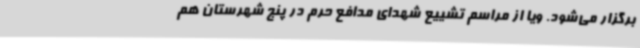
برگزار می‌شود. ویا از مراسم تشییع شهدای مدافع حرم در پنج شهرستان هم